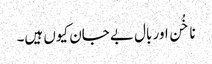
ناخُن اور بال بے جان کیوں ہیں۔